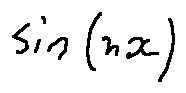
\sin ( n x )